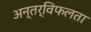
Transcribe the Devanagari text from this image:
अन्तर्विफलता